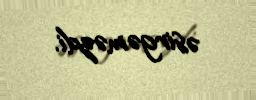
əsirgəməzdi.